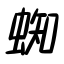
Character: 蜘